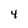
Character: 4